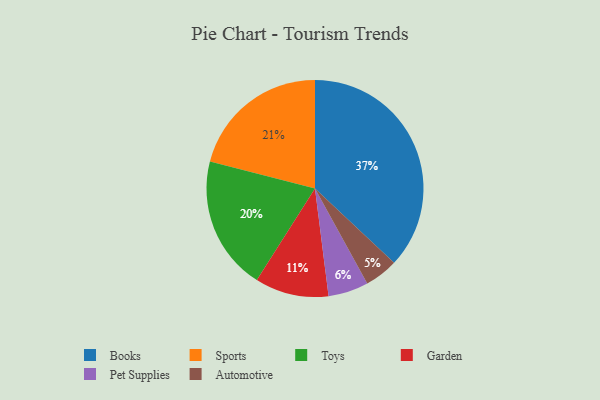
{"axis": {"x": "Category", "y": "Percentage"}, "legend": ["Automotive", "Books", "Garden", "Pet Supplies", "Sports", "Toys"], "data": [{"x": "Pet Supplies", "y": 6, "type": "Pet Supplies"}, {"x": "Garden", "y": 11, "type": "Garden"}, {"x": "Automotive", "y": 5, "type": "Automotive"}, {"x": "Sports", "y": 21, "type": "Sports"}, {"x": "Toys", "y": 20, "type": "Toys"}, {"x": "Books", "y": 37, "type": "Books"}]}